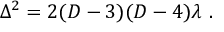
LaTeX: \Delta ^ { 2 } = 2 ( D - 3 ) ( D - 4 ) \lambda ~ .